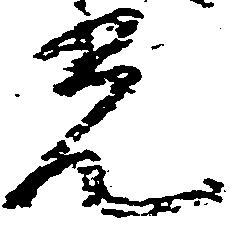
光